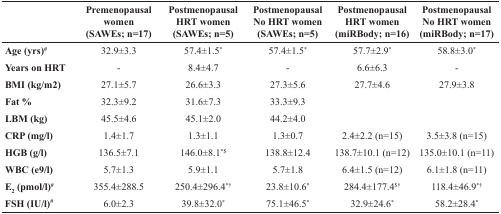
<table><thead><tr><td></td><td><b>Premenopausal women (SAWEs; n=17)</b></td><td><b>Postmenopausal HRT women (SAWEs; n=5)</b></td><td><b>Postmenopausal No HRT women (SAWEs; n=5)</b></td><td><b>Postmenopausal HRT women (miRBody; n=16)</b></td><td><b>Postmenopausal No HRT women (miRBody; n=17)</b></td></tr></thead><tbody><tr><td><b>Age (yrs)<sup>#</sup></b></td><td>32.9±3.3</td><td>57.4±1.5<sup>*</sup></td><td>57.4±1.5<sup>*</sup></td><td>57.7±2.9<sup>*</sup></td><td>58.8±3.0<sup>*</sup></td></tr><tr><td><b>Years on HRT</b></td><td>-</td><td>8.4±4.7</td><td>-</td><td>6.6±6.3</td><td>-</td></tr><tr><td><b>BMI (kg/m2)</b></td><td>27.1±5.7</td><td>26.6±3.3</td><td>27.3±5.6</td><td>27.7±4.6</td><td>27.9±3.8</td></tr><tr><td><b>Fat %</b></td><td>32.3±9.2</td><td>31.6±7.3</td><td>33.3±9.3</td><td></td><td></td></tr><tr><td><b>LBM (kg)</b></td><td>45.5±4.6</td><td>45.1±2.0</td><td>44.2±4.0</td><td></td><td></td></tr><tr><td><b>CRP (mg/l)</b></td><td>1.4±1.7</td><td>1.3±1.1</td><td>1.3±0.7</td><td>2.4±2.2 (n=15)</td><td>3.5±3.8 (n=15)</td></tr><tr><td><b>HGB (g/l)</b></td><td>136.5±7.1</td><td>146.0±8.1<sup>*$</sup></td><td>138.8±12.4</td><td>138.7±10.1 (n=12)</td><td>135.0±10.1 (n=11)</td></tr><tr><td><b>WBC (e9/l)</b></td><td>5.7±1.3</td><td>5.9±1.1</td><td>5.7±1.8</td><td>6.4±1.5 (n=12)</td><td>6.1±1.8 (n=11)</td></tr><tr><td><b>E<sub>2</sub> (pmol/l)<sup>#</sup></b></td><td>355.4±288.5</td><td>250.4±296.4<sup>*†</sup></td><td>23.8±10.6<sup>*</sup></td><td>284.4±177.4<sup>$†</sup></td><td>118.4±46.9<sup>*†</sup></td></tr><tr><td><b>FSH (IU/l)<sup>#</sup></b></td><td>6.0±2.3</td><td>39.8±32.0<sup>*</sup></td><td>75.1±46.5<sup>*</sup></td><td>32.9±24.6<sup>*</sup></td><td>58.2±28.4<sup>*</sup></td></tr></tbody></table>